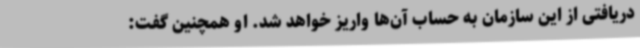
دریافتی از این سازمان به حساب آن‌ها واریز خواهد شد. او همچنین گفت: